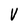
Character: V